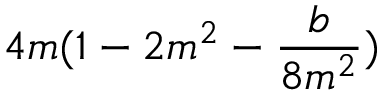
4 m ( 1 - 2 m ^ { 2 } - \frac { b } { 8 m ^ { 2 } } )